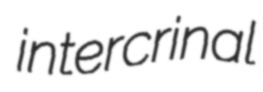
intercrinal